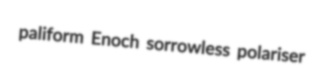
paliform Enoch sorrowless polariser